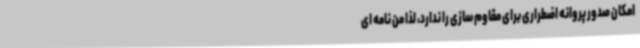
امکان صدور پروانه اضطراری برای مقاوم سازی را ندارد، لذا من نامه ای